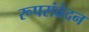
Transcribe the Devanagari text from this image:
रूपसंवेदन